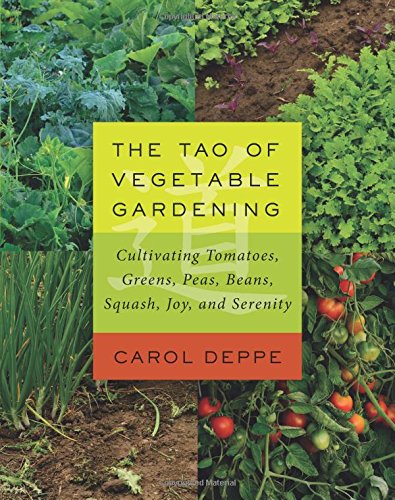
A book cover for The Tao of Vegetable Gardening: Cultivating Tomatoes, Greens, Peas, Beans, Squash, Joy, and Serenity; Carol Deppe; Crafts, Hobbies & Home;